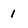
Character: 1